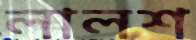
লালশ